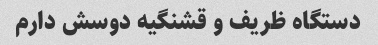
دستگاه ظریف و قشنگیه دوسش دارم